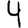
Digit: 4